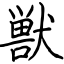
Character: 獣